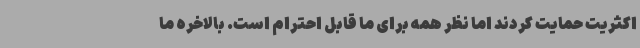
اکثریت حمایت کردند اما نظر همه برای ما قابل احترام است. بالاخره ما